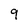
Character: 9